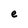
Character: e